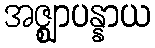
အဇ္ဈာပန္နာယ